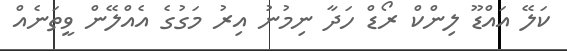
ކަލޭ އައްޑޫ ލިންކް ރޯޑް ހަދާ ނިމުނު އިރު މަގުގެ އެއްލޭން ވީތަނެއް